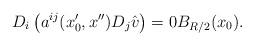
LaTeX: \begin{align*}D_i \left(a^{ij}(x_0',x'')D_{j}\hat v \right)=0B_{R/2}(x_0).\end{align*}